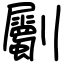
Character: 劚